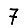
Digit: 7